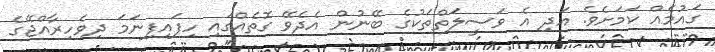
ގައުމެއް ކަމަށެވެ. އަދި އެ ވަސީލަތްތަކުގެ ބޭނުން އެދެވޭ ގޮތެއްގައި ހިފައިފިނަމަ ދިވެހިރާއްޖޭގެ